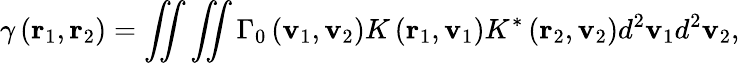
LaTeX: \gamma\left({\mathbf{r}}_{1},{\mathbf{r}}_{2}\right)=\iint{\iint{{{\Gamma}_{0}}\left({\mathbf{v}}_{1},{\mathbf{v}}_{2}\right)K\left({\mathbf{r}}_{1},{\mathbf{v}}_{1}\right){{K}^{*}}\left({\mathbf{r}}_{2},{\mathbf{v}}_{2}\right){{d}^{2}}{{\mathbf{v}}_{1}}}{{d}^{2}}{{\mathbf{v}}_{2}}},